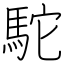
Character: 駝